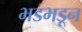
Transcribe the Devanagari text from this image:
भडभडून